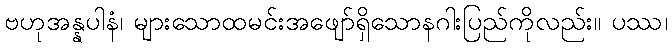
ဗဟုအန္နပါနံ၊ များသောထမင်းအဖျော်ရှိသောနဂါးပြည်ကိုလည်း။ ပဿ၊